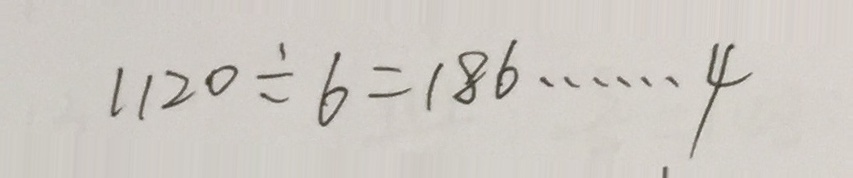
1 1 2 0 \div 6 = 1 8 6 \cdots 4